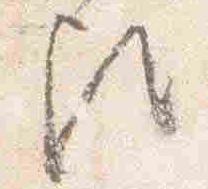
歟